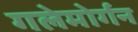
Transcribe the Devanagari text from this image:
गलेमोर्गन